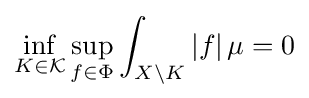
\inf _{K\in {\mathcal {K}}}\sup _{f\in \Phi }\int _{X\setminus K}|f|\,\mu =0